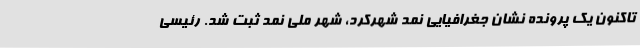
تاکنون یک پرونده نشان جغرافیایی نمد شهرکرد، شهر ملی نمد ثبت شد. رئیسی